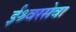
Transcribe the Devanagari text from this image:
ईश्र्वरसेवा